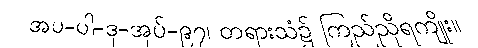
အပ-ပါ-ဒု-အုပ်-၉၇၊ တရားသံ၌ ကြည်ညိုရကျိုး။